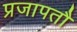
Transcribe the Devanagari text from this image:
प्रजापतौ